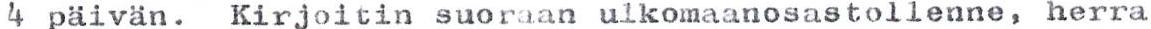
4 päivän. Kirjoitin suoraan ulkomaanosastollenne, herra